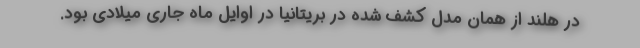
در هلند از همان مدل کشف شده در بریتانیا در اوایل ماه جاری میلادی بود.